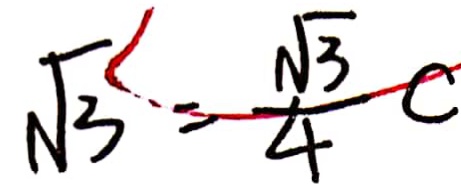
\sqrt { 3 } < \frac { \sqrt { 3 } } { 4 } c